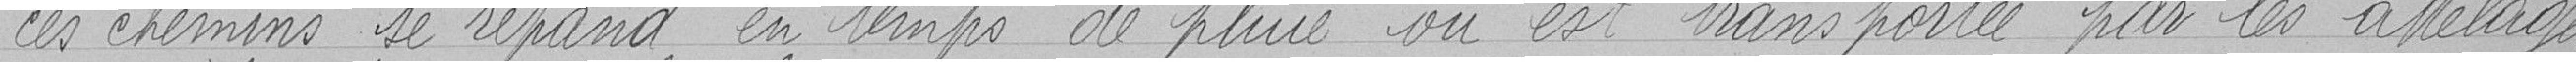
ces chemins se répand en temps de pluie ou est transportée par les attelages